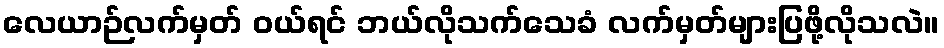
လေယာဉ်လက်မှတ် ဝယ်ရင် ဘယ်လိုသက်သေခံ လက်မှတ်များပြဖို့လိုသလဲ။